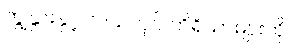
ကျွဲနွားနှင့် လယ်လုပ် ကိရိယာများကို